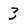
Character: 3